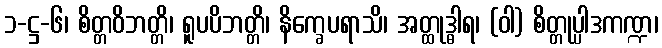
၁-ဋ္ဌ-၆၊ စိတ္တဝိဘတ္တိ၊ ရူပပိဘတ္တိ၊ နိက္ခေပရာသိ၊ အတ္ထုဒ္ဓါရ၊ (ဝါ) စိတ္တုပ္ပါဒကဏ္ဍ၊